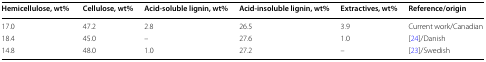
<table><thead><tr><td><b>Hemicellulose, wt%</b></td><td><b>Cellulose, wt%</b></td><td><b>Acid-soluble lignin, wt%</b></td><td><b>Acid-insoluble lignin, wt%</b></td><td><b>Extractives, wt%</b></td><td><b>Reference/origin</b></td></tr></thead><tbody><tr><td>17.0</td><td>47.2</td><td>2.8</td><td>26.5</td><td>3.9</td><td>Current work/Canadian</td></tr><tr><td>18.4</td><td>45.0</td><td>–</td><td>27.6</td><td>1.0</td><td>[24]/Danish</td></tr><tr><td>14.8</td><td>48.0</td><td>1.0</td><td>27.2</td><td>–</td><td>[23]/Swedish</td></tr></tbody></table>